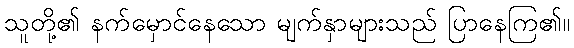
သူတို့၏ နက်မှောင်နေသော မျက်နှာများသည် ပြာနေကြ၏။